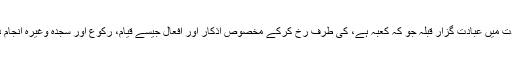
اس عبادت میں عبادت گزار قبلہ جو کہ کعبہ ہے، کی طرف رخ کرکے مخصوص اذکار اور افعال جیسے قیام، رکوع اور سجدہ وغیرہ انجام دیتا ہے۔